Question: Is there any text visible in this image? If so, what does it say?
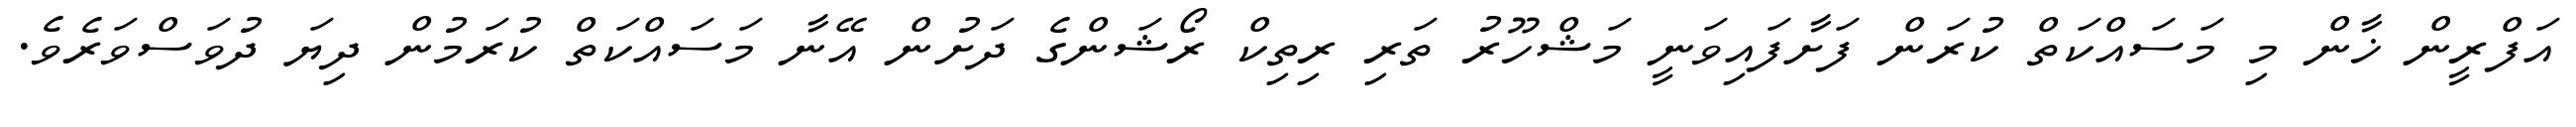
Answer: އަފްރީން ޚާން މި މަސައްކަތް ކުރަން ފަށާފައިވަނީ މަޝްހޫރު ތަރި ރިތިކް ރޯޝަންގެ ދަށުން އޭނާ މަސައްކަތް ކުރަމުން ދިޔަ ދުވަސްވަރެވެ.